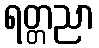
ရတ္တညာ